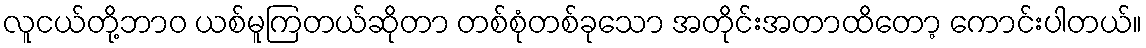
လူငယ်တို့ဘာဝ ယစ်မူကြတယ်ဆိုတာ တစ်စုံတစ်ခုသော အတိုင်းအတာထိတော့ ကောင်းပါတယ်။